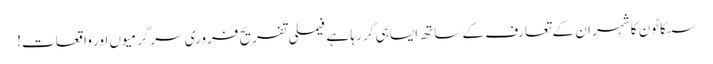
سسکاٹون کا شہر ان کے تعارف کے ساتھ ایسا ہی کر رہا ہے فیملی تفریح ​​فروری سرگرمیوں اور واقعات!